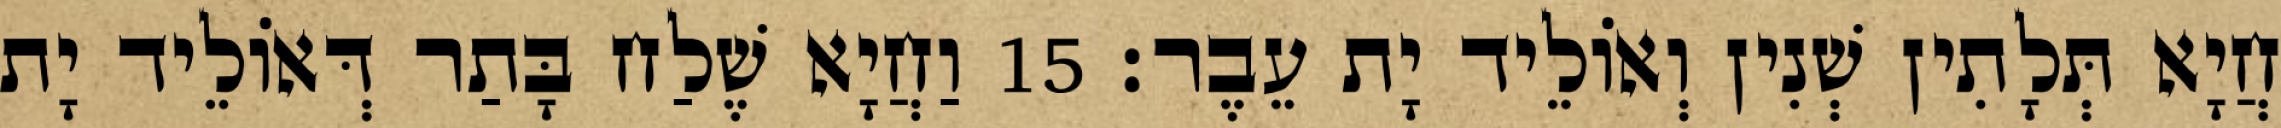
חֲיָא תְּלָתִין שְׁנִין וְאוֹלֵיד יָת עֵבֶר׃ 15 וַחֲיָא שֶׁלַח בָּתַר דְּאוֹלֵיד יָת